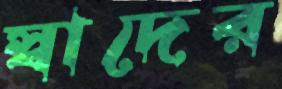
স্বাদের